Report of the Indian Hemp Drugs Commission, 1894-1895 - Volume VI
Year: 1894
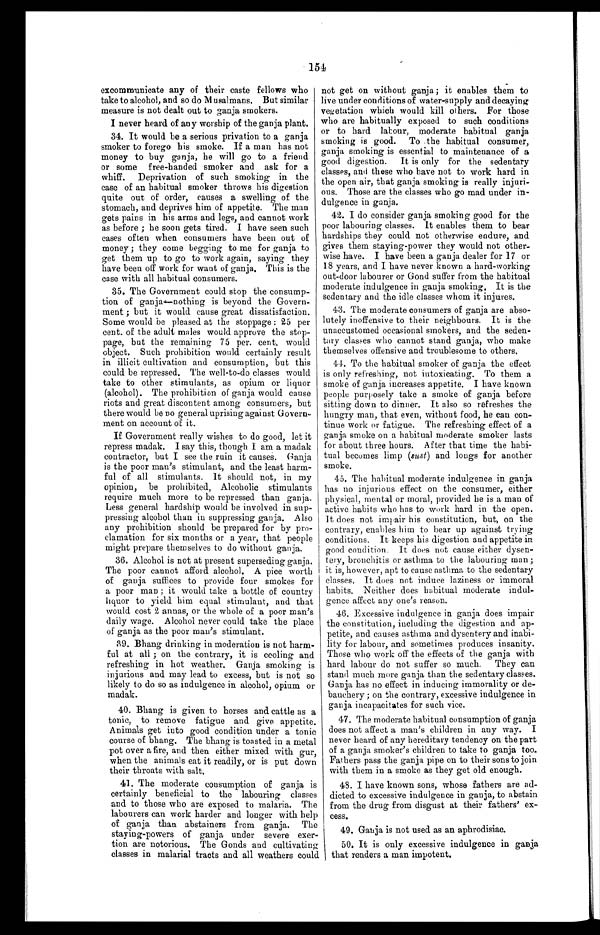
154
excommunicate any of their caste fellows who
take to alcohol, and so do Musalmans. But similar
measure is not dealt out to ganja smokers.
I never heard of any worship of the ganja plant.
34. It would be a serious privation to a ganja
smoker to forego his smoke. If a man has not
money to buy ganja, he will go to a friend
or some free-handed smoker and ask for a
whiff. Deprivation of such smoking in the
case of an habitual smoker throws his digestion
quite out of order, causes a swelling of the
stomach, and deprives him of appetite. The man
gets pains in his arms and legs, and cannot work
as before ; he soon gets tired. I have seen such
cases often when consumers have been out of
money ; they come begging to me for ganja to
get them up to go to work again, saying they
have been off work for want of ganja. This is the
case with all habitual consumers.
35. The Government could stop the consump
-
tion of ganja—nothing is beyond the Govern
-
ment ; but it would cause great dissatisfaction.
Some would be pleased at the stoppage : 25 per
cent. of the adult males would approve the stop
-
page, but the remaining 75 per. cent. would
object, Such prohibition would certainly result
in illicit cultivation and consumption, but this
could be repressed. The well-to-do classes would
take to other stimulants, as opium or liquor
(alcohol). The prohibition of ganja would cause
riots and great discontent among consumers, but
there would be no general uprising against Govern
-
ment on account of it.
If Government really wishes to do good, let it
repress madak. I say this, though I am a madak
contractor, but I see the ruin it causes. Ganja
is the poor man's stimulant, and the least harm
-
ful of all stimulants. It should not, in my
opinion, be prohibited, Alcoholic stimulants
require much more to be repressed than ganja.
Less general hardship would be involved in sup
-
pressing alcohol than in suppressing ganja. Also
any prohibition should be prepared for by pro
-
clamation for six months or a year, that people
might prepare themselves to do without ganja.
36. Alcohol is not at present superseding ganja.
The poor cannot afford alcohol. A pice worth
of ganja suffices to provide four smokes for
a poor man ; it would take a bottle of country
liquor to yield him equal stimulant, and that
would cost 2 annas, or the whole of a poor man's
daily wage. Alcohol never could take the place
of ganja as the poor man's stimulant.
39. Bhang drinking in moderation is not harm
-
ful at all ; on the contrary, it is cooling and
refreshing in hot weather. Ganja smoking is
injurious and may lead to excess, but is not so
likely to do so as indulgence in alcohol, opium or
madak.
40. Bhang is given to horses and cattle as a
tonic, to remove fatigue and give appetite.
Animals get into good condition under a tonic
course of bhang. The bhang is toasted in a metal
pot over a fire, and then either mixed with gur,
when the animals eat it readily, or is put down
their throats with salt.
41. The moderate consumption of ganja is
certainly beneficial to the labouring classes
and to those who are exposed to malaria. The
labourers can work harder and longer with help
of ganja than abstainers from ganja. The
staying-powers of ganja under severe exer
-
tion are notorious. The Gonds and cultivating
classes in malarial tracts and all weathers could
not get on without ganja ; it enables them to
live under conditions of water-supply and decaying
vegetation which would kill others. For those
who are habitually exposed to such conditions
or to hard labour, moderate habitual ganja
smoking is good. To .the habitual consumer,
ganja smoking is essential to maintenance of a
good digestion. It is only for the sedentary
classes, and those who have not to work hard in
the open air, that ganja smoking is really injuri
-
ous. Those are the classes who go mad under in
-
dulgence in ganja.
42. I do consider ganja smoking good for the
poor labouring classes. It enables them to bear
hardships they could not otherwise endure, and
gives them staying-power they would not other
-
wise have. I have been a ganja dealer for 17 or
18 years, and I have never known a hard-working
out-door labourer or Gond suffer from the habitual
moderate indulgence in ganja smoking. It is the
sedentary and the idle classes whom it injures.
43. The moderate consumers of ganja are abso
-
lutely inoffensive to their neighbours. It is the
unaccustomed occasional smokers, and the seden
-
tary classes who cannot stand ganja, who make
themselves offensive and troublesome to others.
44. To the habitual smoker of ganja the effect
is only refreshing, not intoxicating. To them a
smoke of ganja increases appetite. I have known
people purposely take a smoke of ganja before
sitting down to dinner. It also so refreshes the
hungry man, that even, without food, he can con
-
tinue work or fatigue. The refreshing effect of a
ganja smoke on a habitual moderate smoker lasts
for about three hours. After that time the habi
-
tual becomes limp (sust ) and longs for another
smoke.
45. The habitual moderate indulgence in ganja
has no injurious effect on the consumer, either
physical, mental or moral, provided he is a man of
active habits who has to work hard in the open.
It does not impair his constitution, but, on the
contrary, enables him to bear up against trying
conditions. It keeps his digestion and appetite in
good condition. It does not cause either dysen
-
tery, bronchitis or asthma to the labouring man ;
it is, however, apt to cause asthma to the sedentary
classes. It does not induce laziness or immoral
habits. Neither does habitual moderate indul
-
gence affect any one's reason.
46. Excessive indulgence in ganja does impair
the constitution, including the digestion and ap
-
petite, and causes asthma and dysentery and inabi
-
lity for labour, and sometimes produces insanity.
Those who work off the effects of the ganja with
hard labour do not suffer so much. They can
stand much more ganja than the sedentary classes.
Ganja has no effect in inducing immorality or de
-
bauchery ; on the contrary, excessive indulgence in
ganja incapacitates for such vice.
47. The moderate habitual consumption of ganja
does not affect a man's children in any way. I
never heard of any hereditary tendency on the part
of a ganja smoker's children to take to ganja too.
Fathers pass the ganja pipe on to their sons to join
with them in a smoke as they get old enough.
48. I have known sons, whose fathers are ad
-
dicted to excessive indulgence in ganja, to abstain
from the drug from disgust at their fathers' ex
-
cess.
49. Ganja is not used as an aphrodisiac.
50. It is only excessive indulgence in ganja
that renders a man impotent.